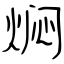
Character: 焖